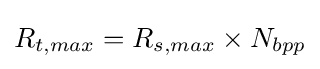
R_{t,max}=R_{s,max}\times N_{bpp}